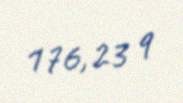
176,23 q